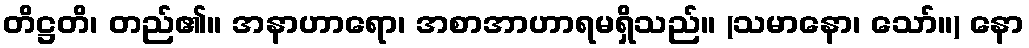
တိဋ္ဌတိ၊ တည်၏။ အနာဟာရော၊ အစာအာဟာရမရှိသည်။ (သမာနော၊ သော်။) နော